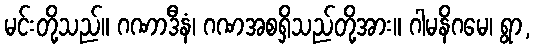
မင်းတို့သည်။ ဂဏာဒီနံ၊ ဂဏအစရှိသည်တို့အား။ ဂါမနိဂမေ၊ ရွာ,